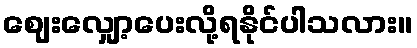
ဈေးလျှော့ပေးလို့ရနိုင်ပါသလား။